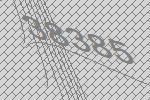
38385